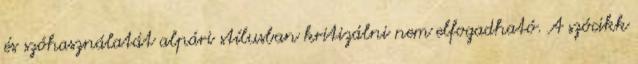
és szóhasználatát alpári stílusban kritizálni nem elfogadható. A szócikk